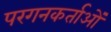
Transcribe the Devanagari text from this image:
परगनकर्ताओं